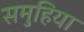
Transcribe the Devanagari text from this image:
समुहिया